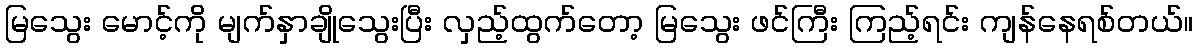
မြသွေး မောင့်ကို မျက်နှာချိုသွေးပြီး လှည့်ထွက်တော့ မြသွေး ဖင်ကြီး ကြည့်ရင်း ကျန်နေရစ်တယ်။